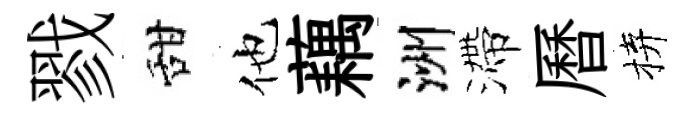
戮甜他藕洲滯曆拚